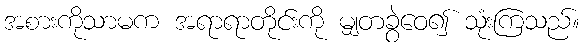
အစားကိုသာမက အရာရာတိုင်းကို မျှတခွဲဝေ၍ သုံးကြသည်။